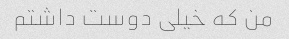
من که خیلی دوست داشتم